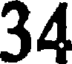
34